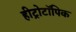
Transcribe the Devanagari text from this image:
हीट्रोटॉपिक